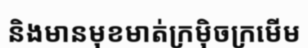
និងមានមុខមាត់ក្រម៉ិចក្រមើម